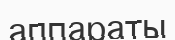
аппараты